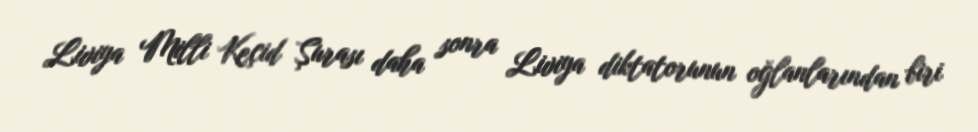
Liviya Milli Keçid Şurası daha sonra Liviya diktatorunun oğlanlarından biri